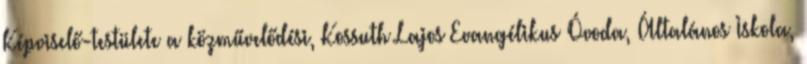
Képviselő-testülete a közművelődési, Kossuth Lajos Evangélikus Óvoda, Általános Iskola,